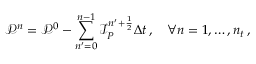
\mathcal P ^ { n } = \mathcal P ^ { 0 } - \sum _ { n ^ { \prime } = 0 } ^ { n - 1 } \mathcal I _ { P } ^ { n ^ { \prime } + \frac 1 2 } \Delta t \, , \quad \forall n = 1 , \hdots , n _ { t } \, ,